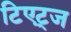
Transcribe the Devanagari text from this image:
टिएट्ज